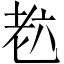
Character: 𦒹